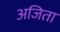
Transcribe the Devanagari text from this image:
अजिता